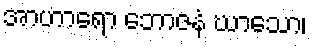
အာဟာရော ဘောဇနံ ဃာသော၊